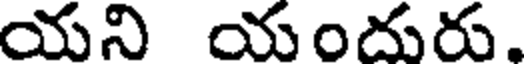
యని యందురు,